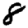
Digit: 8